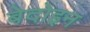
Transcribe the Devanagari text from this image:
बेदोइन